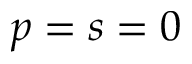
p = s = 0